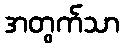
အတွက်သာ